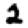
Digit: 2